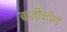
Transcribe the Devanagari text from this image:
बाजींनीही